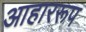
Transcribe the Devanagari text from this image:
आहाररूप